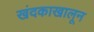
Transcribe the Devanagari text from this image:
खंदकाखालून